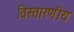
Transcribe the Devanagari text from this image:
विस्तारणीय